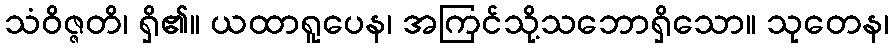
သံဝိဇ္ဇတိ၊ ရှိ၏။ ယထာရူပေန၊ အကြင်သို့သဘောရှိသော။ သုတေန၊